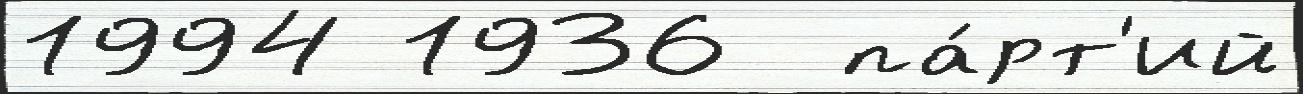
1994 1936  па́рт'ий